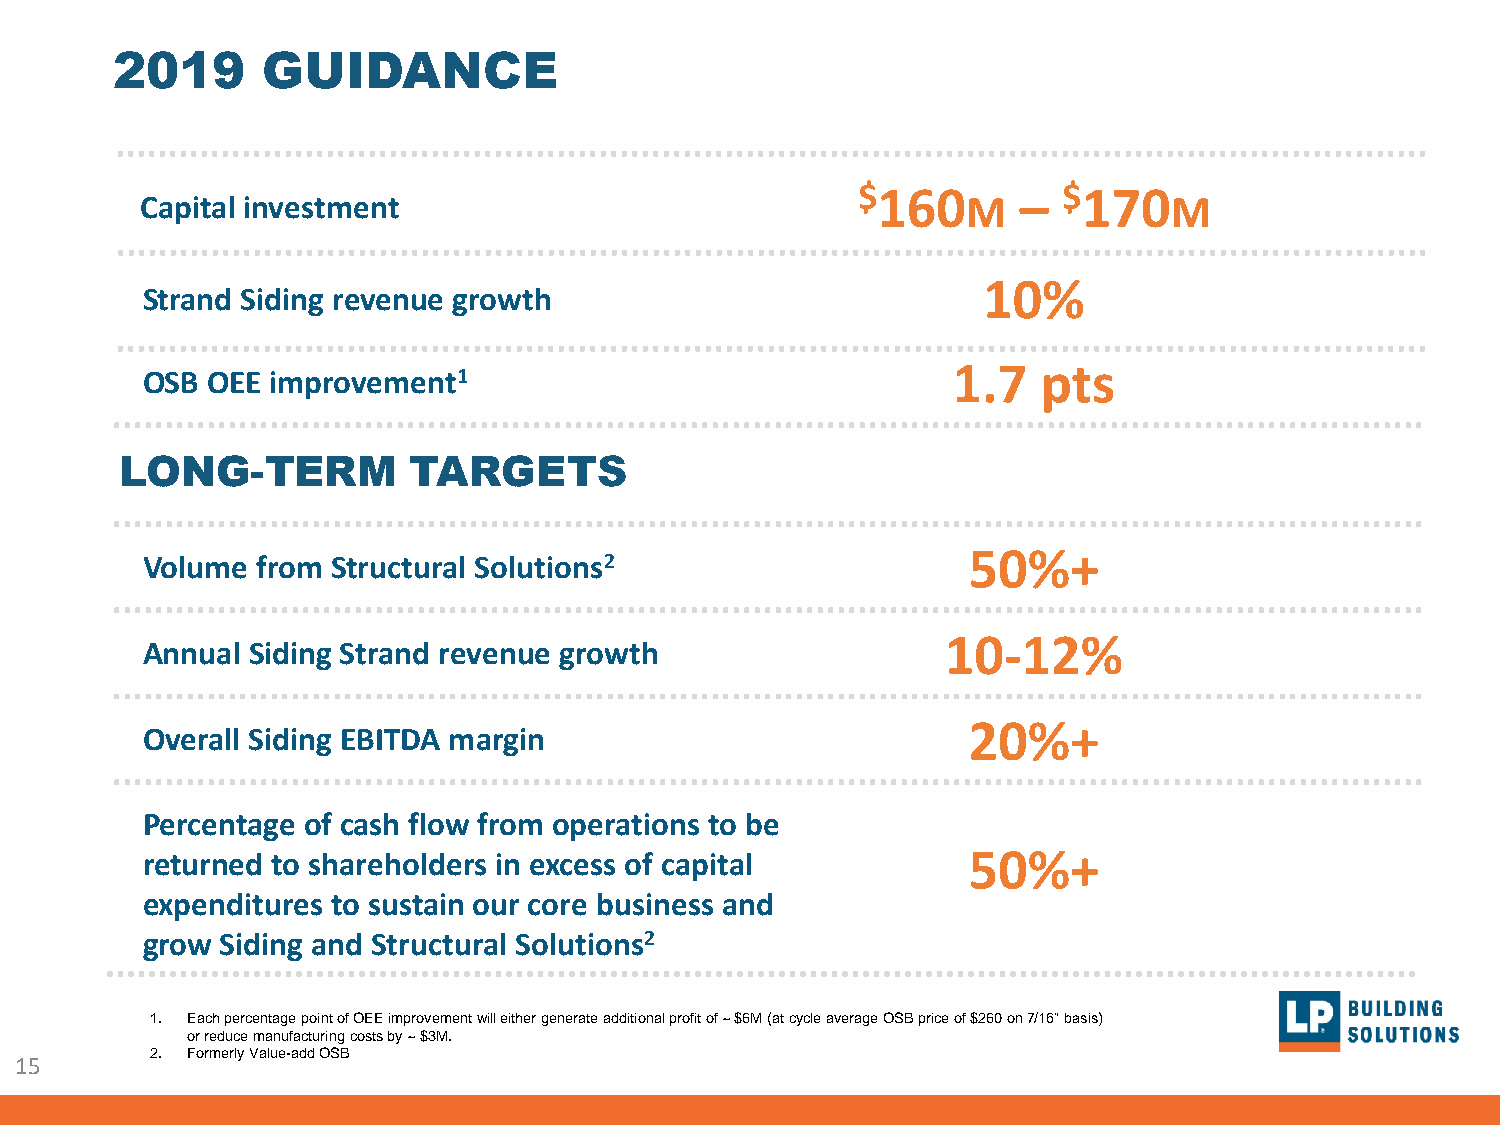
2019      GUIDANCE
 $160       – $170
 Capital investment                                     M            M
 10%
 Strand Siding revenue growth
 1.7   pts
 OSB  OEE improvement1
 LONG-TERM          TARGETS
 50%+
 Volume  from Structural Solutions2
 10-12%
 Annual Siding Strand revenue growth
 20%+
 Overall Siding EBITDA margin
 Percentage of cash flow from operations to be
 returned to shareholders in excess of capital          50%+
 expenditures to sustain our core business and
 grow  Siding and Structural Solutions2
 1. Each percentage point of OEE improvement will either generate additional profit of ~ $6M (at cycle average OSB price of $260 on 7/16” basis)
 or reduce manufacturing costs by ~ $3M.
 2. Formerly Value-add OSB
 15